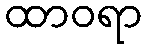
ထာဝရာ